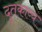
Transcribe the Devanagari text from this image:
दुतकाव्य